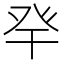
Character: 癷